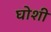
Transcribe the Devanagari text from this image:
घोशी